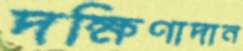
দক্ষিণাদান